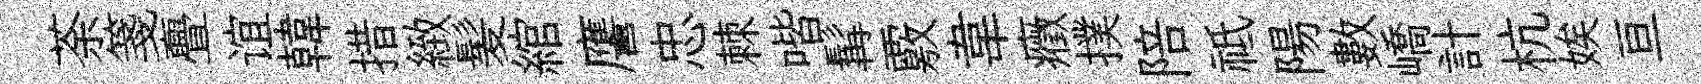
荼箋亹谊韓措緻髪綰譍忠棘喈髯覈韋癥撲陪祗陽數嶠計杭娭亘